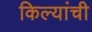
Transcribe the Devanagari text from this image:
किल्यांची